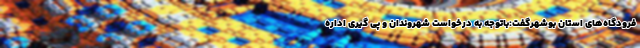
فرودگاه‌های استان بوشهرگفت:باتوجه به درخواست شهروندان و پی گیری اداره